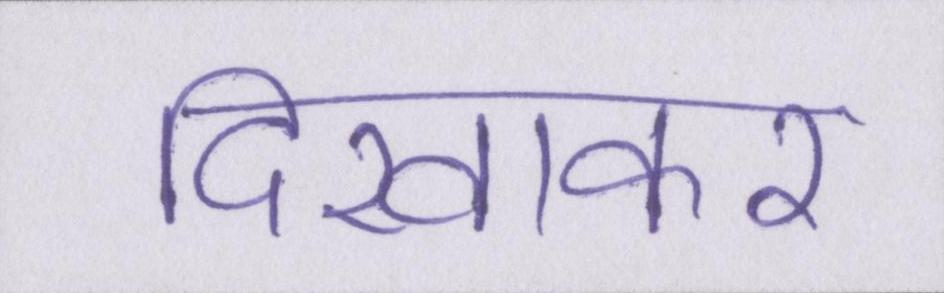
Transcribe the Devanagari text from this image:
दिखाकर